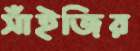
সাঁইজির